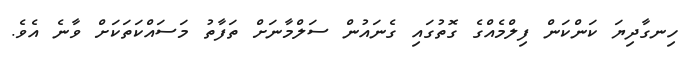
ހިނގާދިޔަ ކަންކަން ފިލްމެއްގެ ގޮތުގައި ގެނައުން ސަލްމާނަށް ތަފާތު މަސައްކަތަކަށް ވާނެ އެވެ.